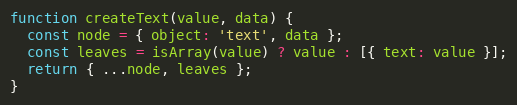
Language: JavaScript
function createText(value, data) {
  const node = { object: 'text', data };
  const leaves = isArray(value) ? value : [{ text: value }];
  return { ...node, leaves };
}